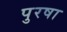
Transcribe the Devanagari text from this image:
पुरषा